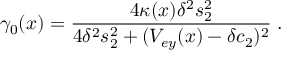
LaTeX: \gamma _ { 0 } ( x ) = \frac { 4 \kappa ( x ) \delta ^ { 2 } s _ { 2 } ^ { 2 } } { 4 \delta ^ { 2 } s _ { 2 } ^ { 2 } + ( V _ { e y } ( x ) - \delta c _ { 2 } ) ^ { 2 } } \; .